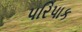
પરિપાક